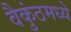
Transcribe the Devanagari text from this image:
वैकुंठमध्ये